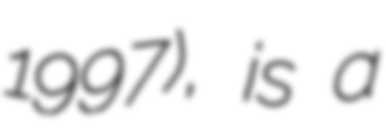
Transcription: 1997), is a